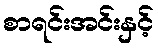
စာရင်းအင်းနှင့်